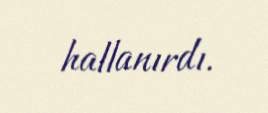
hallanırdı.